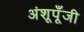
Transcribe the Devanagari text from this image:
अंशूपूँजी